Newspaper: The weekly Iberian.
Place of publication: New Iberia, La.
Publisher: Iberian Pub. Association
Date: 1900-11-03 00:00:00
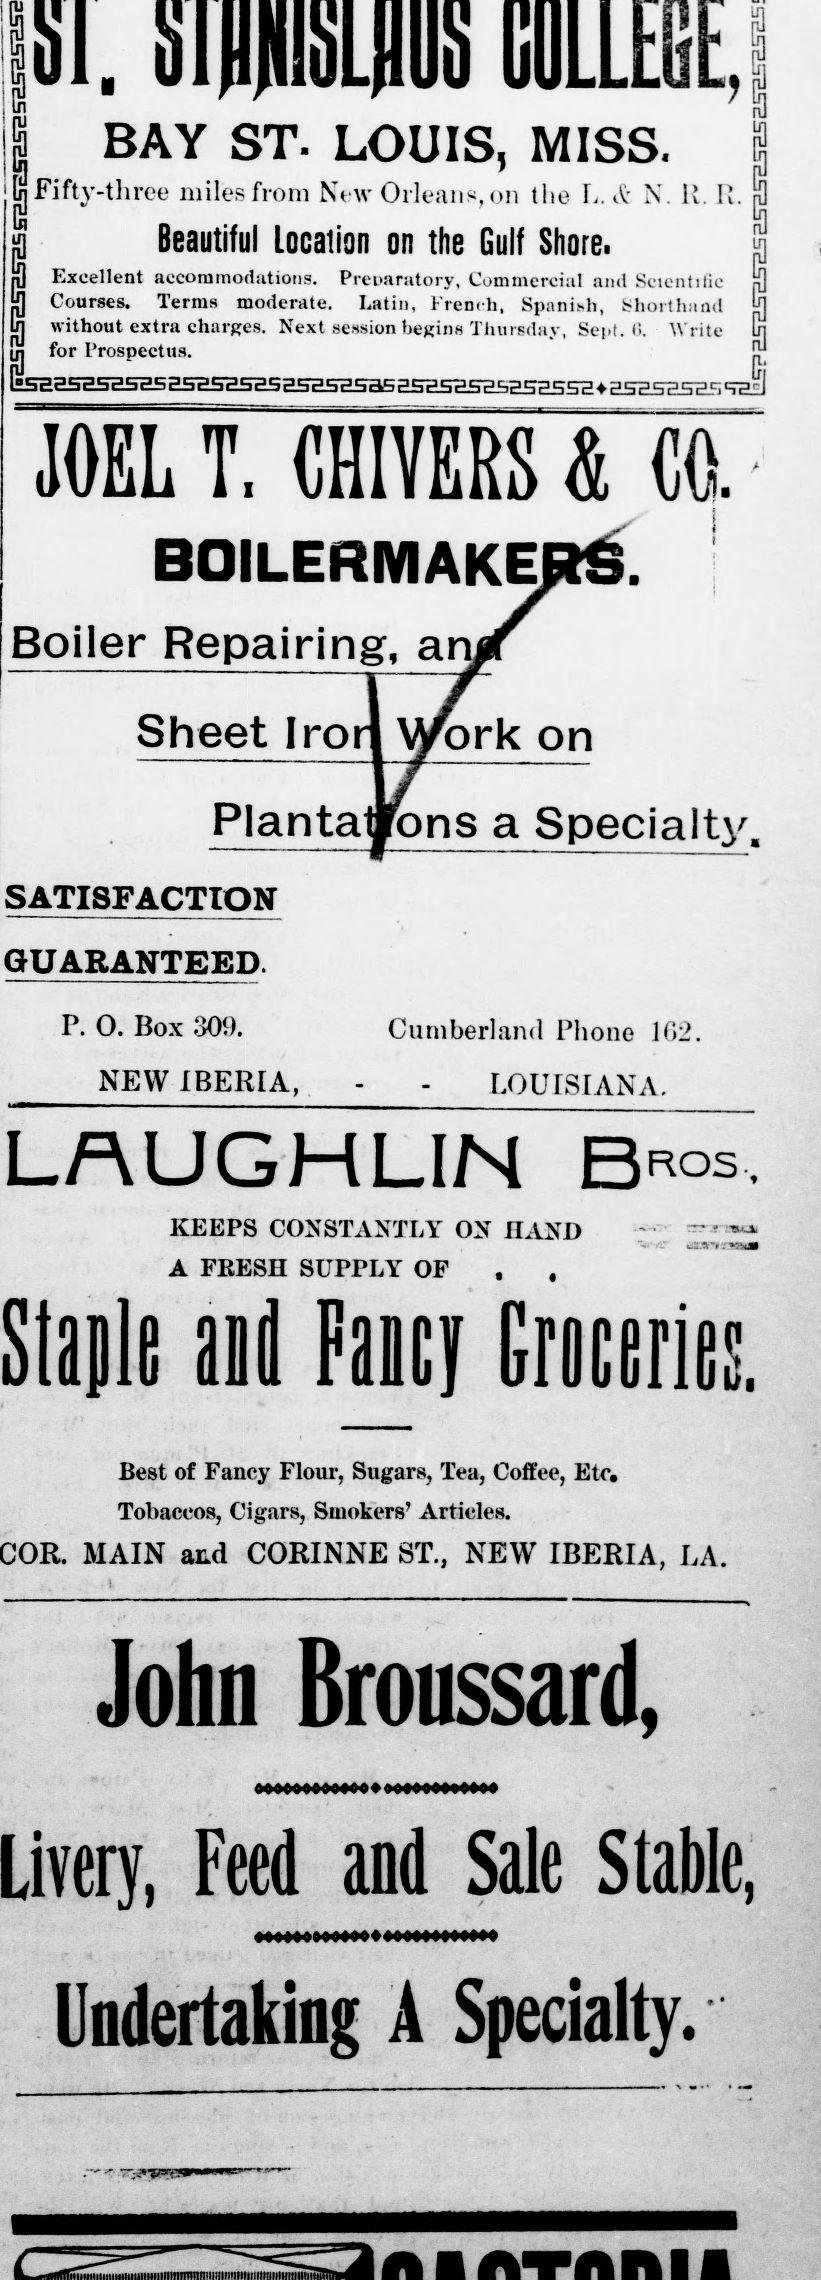
Advertisement text (OCR):
BAY ST. LOUIS, MISS. Fifty-three miles from New Orleans, on the L. A N U. R. S Beautiful Location on the Gulf Shore. Excellent accommodations. Preparatory, Commercial and Scientific Courses. Terms moderate. Latin, French, Spanish, Shorthand without extra charges. Next session begins Thursday, Sept.fi. Write for Prospectus. 5 HE 5 E 5 E 5 H 5 E 5 H 525 H 5 HSHSESH 5 ESHSHSES 2 SE 55 E ♦ BSESESEF. ^'1 JOEL T, «HIVERS & CO. BOILERMAKE Boiler Repairing, ai Sheet Irorl W ork on Plantations a Specialty. SATISFACTION GUARANTEED. P. O. Box 309. NEW IBERIA, Cumberland Phone 102. LOUISIANA. LAUGHLIN Bros. KEEPS CONSTANTLY ON HAND ' " * turn . v-*Ji A FRESH SUPPLY OF . , Staple ani Fancy Groceries. Best of Fancy Flour, Sugars, Tea, Coffee, Etc. Tobaccos, Cigars, Smokers' Articles. MAIN and CORINNE ST., NEW IBERIA, LA. John Broussard, Feed and Sale Stable, ♦00000000+00 too Undertaking A Specialty.
Label: text-only